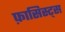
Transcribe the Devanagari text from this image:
फ़ासिस्ट्स